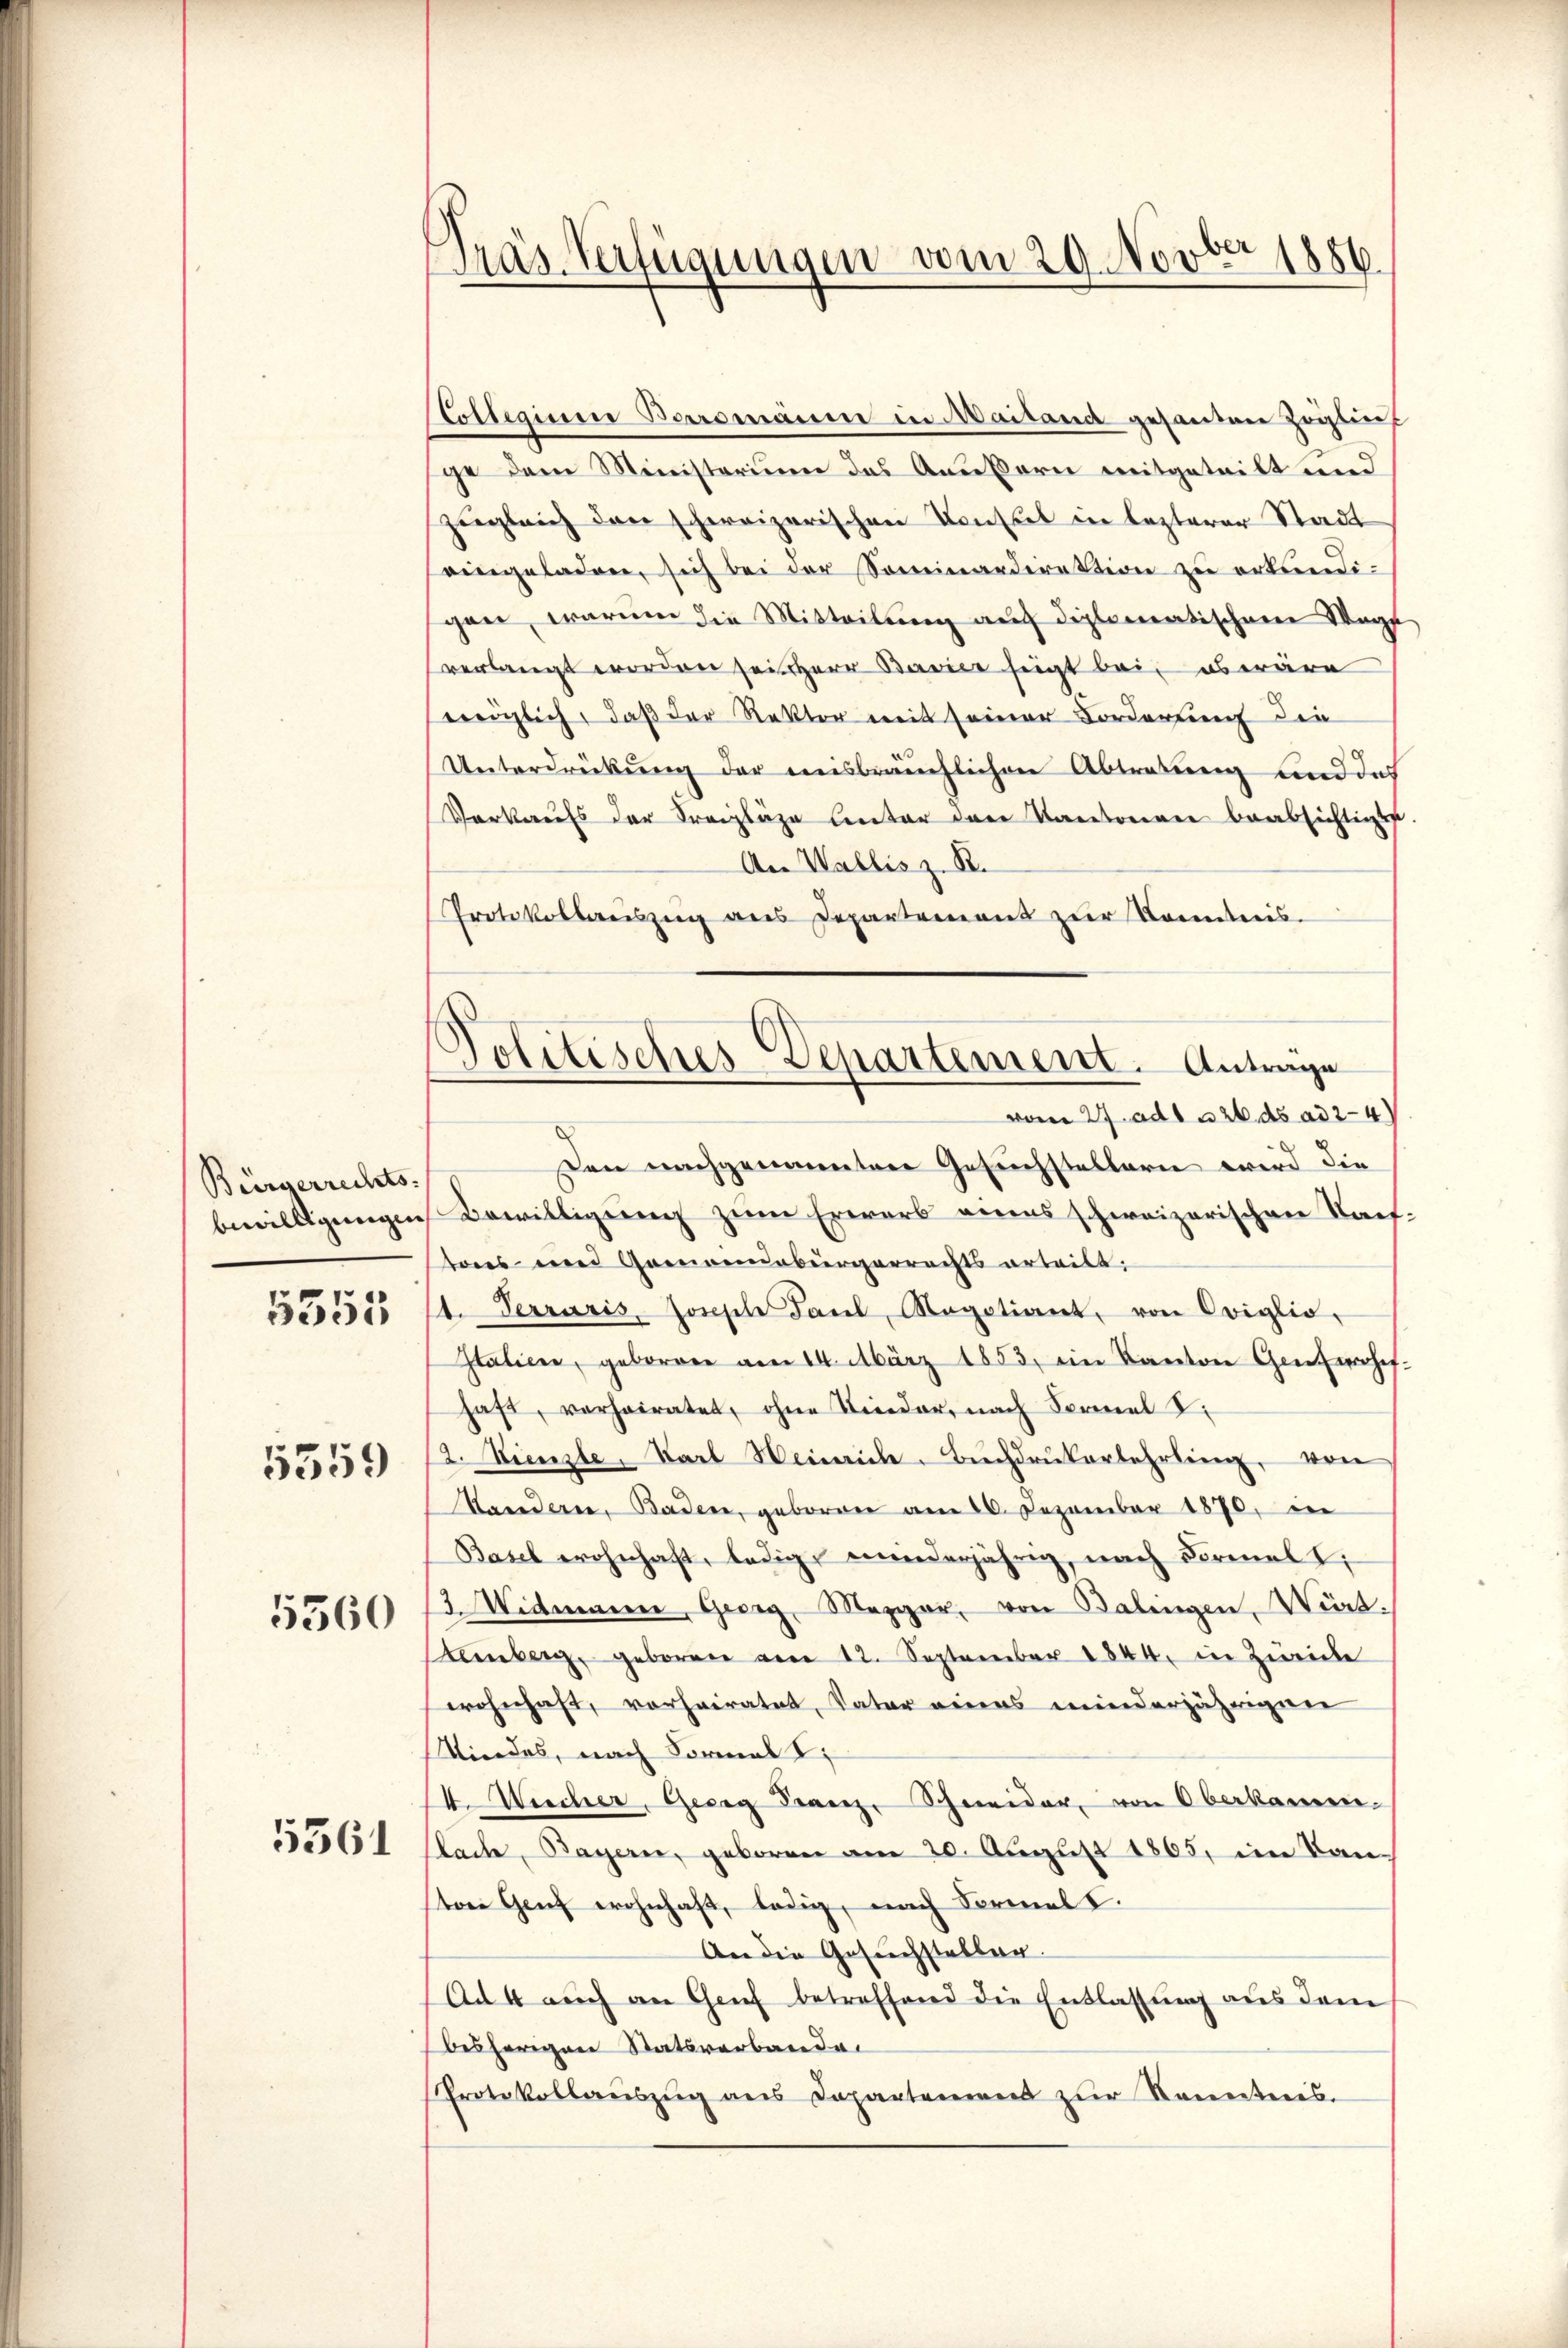
Bürgerrechts-

5355

5359

5360

5561

Pras Verfügungen vom 29. Novber 1886.

Collegium Boromanene in Maitand gesanten Zöglich
ge dem Ministerium das Aeußern mitgeteilt und
zugleich den schweizerischen Konstel in lezterer Stadt
eingeladen, sich bei der Sominardirektion zu erkundigane, warum die Mitteilung auf diplomatischen Wege
verlangt worden sei Herr Bavier zeigt bei es wäre
möglich, daß der Rektor mit seiner Forderung die
Unterdrückung der misbräuchlichen Abtretung und des
Vorkaufs der Freizläge unter der Kantonen beabsichtigen
An Wallis z. B.
Protokollauszug aus Departement zŭr Kenntnis.
vom 27. ad 1. 26. ds ad 24
Den nachgenannten Gesuchstellern wird die
bewilligungen Bewilligung zum Erwarb eines schweizerischen Tauftons- und Gemeindebürgerrechts erteilt,
t. Terraris, Joseph Paul, Negotiant, von Oviglio,
Italiene, geborene am 14. März 1853, ein Kanton Genfere
haft, verheiratet, ohne Kinder, nach Formel u.
12. Lienze, Karl Heinrich-Buchdruckerlehrling, von
Kandern, Baden, geboren am 20. Dezember 1870, in
Basel wohnhaft, ledig, wiederjährig, nach Formel I
3. Widmanner, Georg, Mezger, von Balingen, Würt¬
Lemberg, geboren vom 12. September 1844 in Zürich
wohnhaft, vorheiratet, Vater eines minderjährigen
Mindes, nach Formal
4 Wucher, Georg Franz, Schneider, von Oberkamen-
Stacke, Bayerne, geboren am 20. August 1865, im Bauston Genf wohnhaft, ledig, nach Formal.
An die Gesuchstellen.
Ad 4 auch an Genf betreffend die Entlassung aus dem
besherigen Statsverbande
Protokollaŭszŭg ans Departement zŭr Namenteres.

Politisches Departement. Antrage